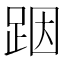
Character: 𮛘